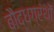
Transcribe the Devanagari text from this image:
बौद्धग्रंथों